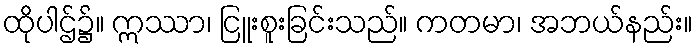
ထိုပါဌ်၌။ ဣဿာ၊ ငြူးစူးခြင်းသည်။ ကတမာ၊ အဘယ်နည်း။